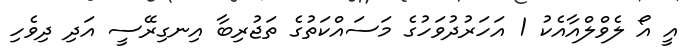
އީ އޯ ލެވްލްއާއެކު 1 އަހަރުދުވަހުގެ މަސައްކަތުގެ ތަޖުރިބާ އިނގިރޭސީ އަދި ދިވެހި